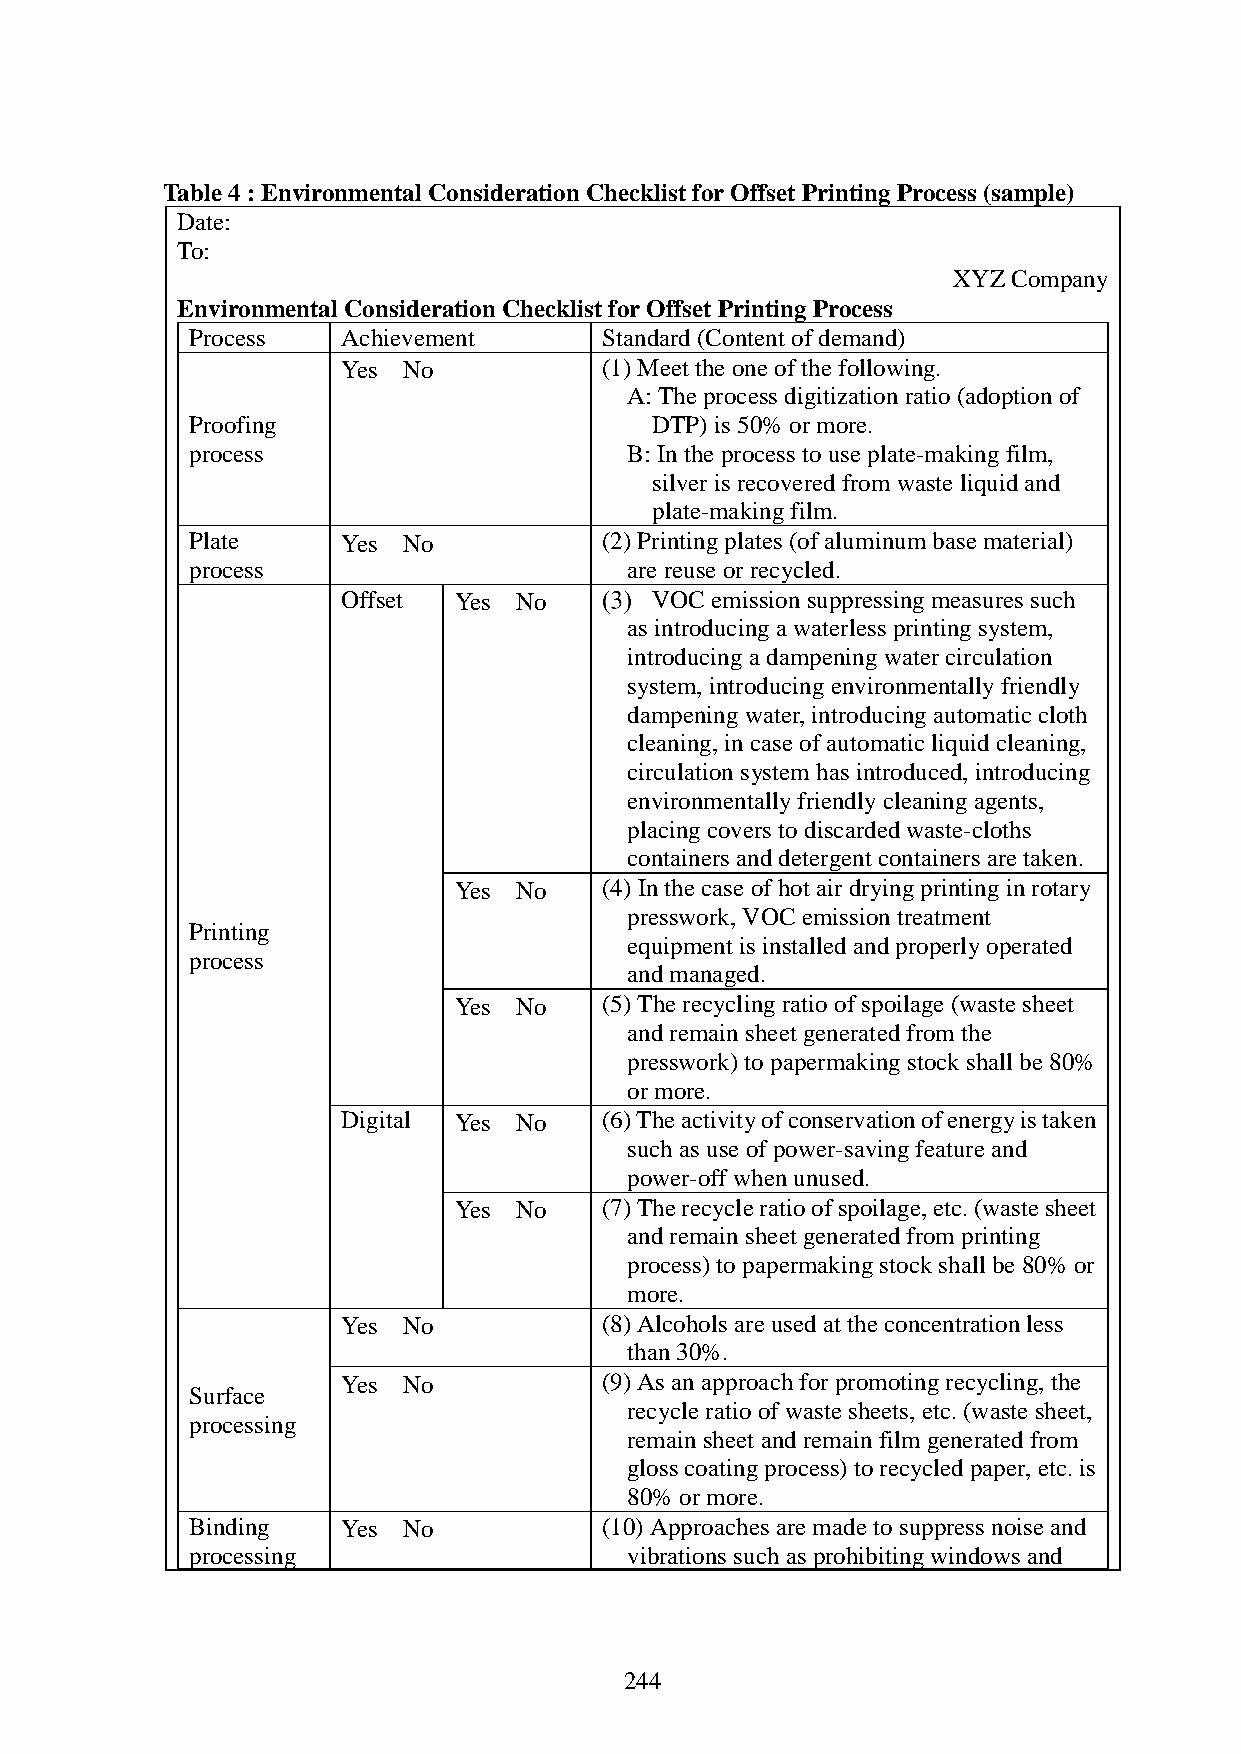
Table 4 : Environmental Consideration Checklist for Offset Printing Process (sample)
 Date:
 To:
 XYZ Company
 Environmental Consideration Checklist for Offset Printing Process
 Process   Achievement      Standard (Content of demand)
 Yes／No           (1) Meet the one of the following.
 A: The process digitization ratio (adoption of
 Proofing                      DTP) is 50% or more.
 process                     B: In the process to use plate-making film,
 silver is recovered from waste liquid and
 plate-making film.
 Plate     Yes／No           (2) Printing plates (of aluminum base material)
 process                     are reuse or recycled.
 Offset Yes／No       VOC emission suppressing measures such
 as introducing a waterless printing system,
 introducing a dampening water circulation
 system, introducing environmentally friendly
 dampening water, introducing automatic cloth
 cleaning, in case of automatic liquid cleaning,
 circulation system has introduced, introducing
 environmentally friendly cleaning agents,
 placing covers to discarded waste-cloths
 containers and detergent containers are taken.
 Yes／No    (4) In the case of hot air drying printing in rotary
 presswork, VOC emission treatment
 Printing
 equipment is installed and properly operated
 process
 and managed.
 Yes／No    (5) The recycling ratio of spoilage (waste sheet
 and remain sheet generated from the
 presswork) to papermaking stock shall be 80%
 or more.
 Digital Yes／No   (6) The activity of conservation of energy is taken
 such as use of power-saving feature and
 power-off when unused.
 Yes／No    (7) The recycle ratio of spoilage, etc. (waste sheet
 and remain sheet generated from printing
 process) to papermaking stock shall be 80% or
 more.
 Yes／No           (8) Alcohols are used at the concentration less
 than 30%.
 Yes／No           (9) As an approach for promoting recycling, the
 Surface
 recycle ratio of waste sheets, etc. (waste sheet,
 processing
 remain sheet and remain film generated from
 gloss coating process) to recycled paper, etc. is
 80% or more.
 Binding   Yes／No           (10) Approaches are made to suppress noise and
 processing                  vibrations such as prohibiting windows and
 244